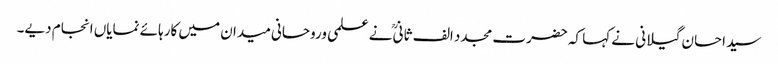
سید احسان گیلانی نے کہا کہ حضرت مجدد الف ثانیؒ نے علمی وروحانی میدان میں کارہائے نمایاں انجام دیے۔